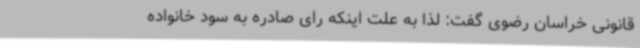
قانونی خراسان رضوی گفت: لذا به علت اینکه رای صادره به سود خانواده